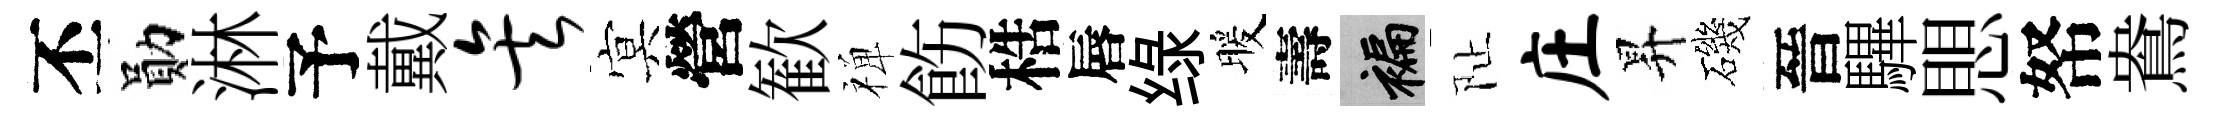
丕勛淋予戴矣㝠營歓禅飭梏唇绿暖壽褊阯庄昇磯晉驆愳帑鴦